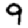
Digit: 9